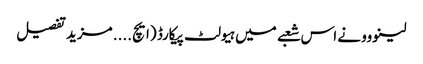
لینووو نے اس شعبے میں ہیولٹ پیکارڈ (ایچ .... مزید تفصیل